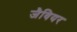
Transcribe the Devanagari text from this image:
जैवियर